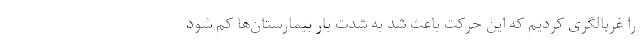
را غربالگری کردیم که این حرکت باعث شد به شدت بار بیمارستان‌ها کم شود